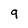
Character: 9